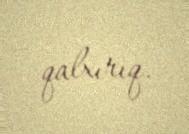
qalxırıq.